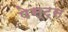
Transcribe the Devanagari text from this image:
पेस्ट्स